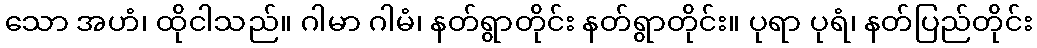
သော အဟံ၊ ထိုငါသည်။ ဂါမာ ဂါမံ၊ နတ်ရွာတိုင်း နတ်ရွာတိုင်း။ ပုရာ ပုရံ၊ နတ်ပြည်တိုင်း